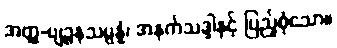
အတ္ထ-ဗျဉ္ဇနသမ္ပန္နံ၊ အနက်သဒ္ဒါနှင့် ပြည့်စုံသော။